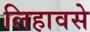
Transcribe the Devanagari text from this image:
लिहावसे